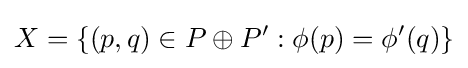
X=\{(p,q)\in P\oplus P':\phi (p)=\phi '(q)\}